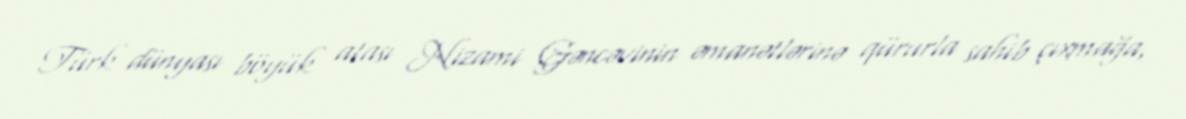
Türk dünyası böyük atası Nizami Gəncəvinin əmanətlərinə qürurla sahib çıxmağa,